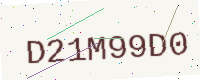
Text: D21M99D0